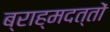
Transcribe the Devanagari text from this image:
ब्राह्मदत्तों